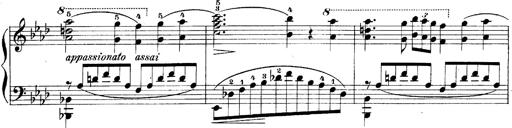
Title: LiebestrÃ¤ume
Composer: Franz Behr
Key: E-flat major